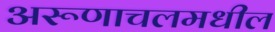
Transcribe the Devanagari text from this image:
अरूणाचलमधील